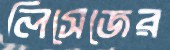
লিসেজের